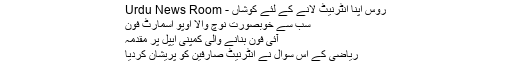
روس اپنا انٹرنیٹ لانے کے لئے کوشاں - Urdu News Room
سب سے خوبصورت نوچ والا اوپو اسمارٹ فون
آئی فون بنانے والی کمپنی ایپل پر مقدمہ
ریاضی کے اس سوال نے انٹرنیٹ صارفین کو پریشان کردیا